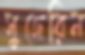
সুজেরিন